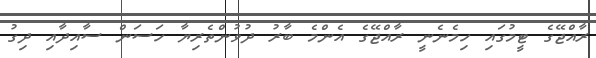
ރާއްޖޭގެ ޓީމުގައި ހިމެނެނީ ރާއްޖޭގެ އެންމެ ބާރު ދުވުންތެރިޔާ ހަސަން ސާއިދާއި ދިގު